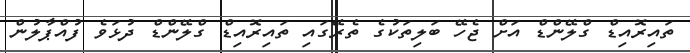
ތައިރޮއިޑް ގްލޭންޑް އަށް ޖެހޭ ބަލިތަކުގެ ތެރޭގައި ތައިރޮއިޑް ގްލޭންޑް ދުޅަވެ ފުއްޕާލުން